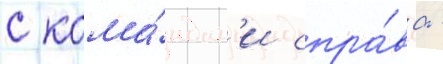
с кома́ндам'и спра́ва -